Sketch of the medical history of the native army of Bombay, for the year
Year: 1870
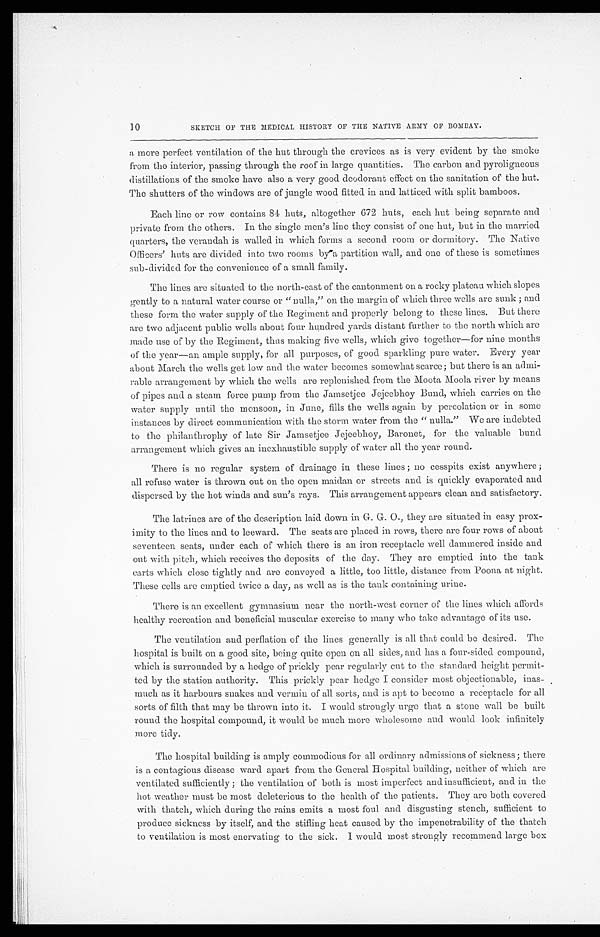
10
SKETCH OF THE MEDICAL HISTORY OF THE NATIVE ARMY OF BOMBAY.
a more perfect ventilation of the hut through the crevices as is very evident by the smoke
from the interior, passing through the roof in large quantities. The carbon and pyroligneous
distillations of the smoke have also a very good deodorant effect on the sanitation of the hut.
The shutters of the windows are of jungle wood fitted in and latticed with split bamboos.
Each line or row contains 84 huts, altogether 672 huts, each hut being separate and
private from the others. In the single men's line they consist of one hut, but in the married
quarters, the verandah is walled in which forms a second room or dormitory. The Native
Officers' huts are divided into two rooms by a partition wall, and one of these is sometimes
sub-divided for the convenience of a small family.
The lines are situated to the north-east of the cantonment on a rocky plateau which slopes
gently to a natural water course or "nulla," on the margin of which three wells are sunk; and
these form the water supply of the Regiment and properly belong to these lines. But there
are two adjacent public wells about four hundred yards distant further to the north which are
made use of by the Regiment, thus making five wells, which give together—for nine months
of the year—an ample supply, for all purposes, of good sparkling pure water. Every year
about March the wells get low and the water becomes somewhat scarce; but there is an admi
-
rable arrangement by which the wells are replenished from the Moota Moola river by means
of pipes and a steam force pump from the Jamsetjee Jejeebhoy Bund, which carries on the
water supply until the monsoon, in June, fills the wells again by percolation or in some
instances by direct communication with the storm water from the "nulla." We are indebted
to the philanthrophy of late Sir Jamsetjee Jejeebhoy, Baronet, for the valuable bund
arrangement which gives an inexhaustible supply of water all the year round.
There is no regular system of drainage in these lines; no cesspits exist anywhere;
all refuse water is thrown out on the open maidan or streets and is quickly evaporated and
dispersed by the hot winds and sun's rays. This arrangement appears clean and satisfactory.
The latrines are of the description laid down in G. G. O., they are situated in easy prox
-
imity to the lines and to leeward. The seats are placed in rows, there are four rows of about
seventeen seats, under each of which there is an iron receptacle well dammered inside and
out with pitch, which receives the deposits of the day. They are emptied into the tank
carts which close tightly and are conveyed a little, too little, distance from Poona at night.
These cells are emptied twice a day, as well as is the tank containing urine.
There is an excellent gymnasium near the north-west corner of the lines which affords
healthy recreation and beneficial muscular exercise to many who take advantage of its use.
The ventilation and perflation of the lines generally is all that could be desired. The
hospital is built on a good site, being quite open on all sides, and has a four-sided compound,
which is surrounded by a hedge of prickly pear regularly cut to the standard height permit
-
ted by the station authority. This prickly pear hedge I consider most objectionable, inas
-
much as it harbours snakes and vermin of all sorts, and is apt to become a receptacle for all
sorts of filth that may be thrown into it. I would strongly urge that a stone wall be built
round the hospital compound, it would be much more wholesome and would look infinitely
more tidy.
The hospital building is amply commodious for all ordinary admissions of sickness; there
is a contagious disease ward apart from the General Hospital building, neither of which are
ventilated sufficiently; the ventilation of both is most imperfect and insufficient, and in the
hot weather must be most deleterious to the health of the patients. They are both covered
with thatch, which during the rains emits a most foul and disgusting stench, sufficient to
produce sickness by itself, and the stifling heat caused by the impenetrability of the thatch
to ventilation is most enervating to the sick. I would most strongly recommend large box